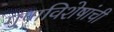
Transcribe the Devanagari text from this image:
गु्णविशेषांची